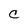
Character: C